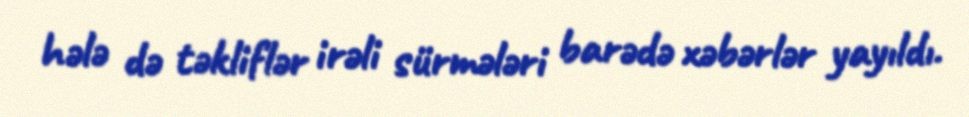
hələ də təkliflər irəli sürmələri barədə xəbərlər yayıldı.